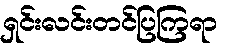
ရှင်းလင်းတင်ပြကြရာ